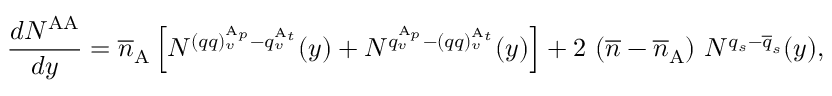
\frac { d N ^ { \mathrm { A A } } } { d y } = \overline { { { n } } } _ { \mathrm { A } } \left[ N ^ { ( q q ) _ { v } ^ { \mathrm { A } _ { p } } - q _ { v } ^ { \mathrm { A } _ { t } } } ( y ) + N ^ { q _ { v } ^ { \mathrm { A } _ { p } } - ( q q ) _ { v } ^ { \mathrm { A } _ { t } } } ( y ) \right] + 2 \ ( \overline { { { n } } } - \overline { { { n } } } _ { \mathrm { A } } ) \ N ^ { q _ { s } - \overline { { { q } } } _ { s } } ( y ) ,